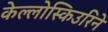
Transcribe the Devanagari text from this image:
केल्लोस्किउरिने